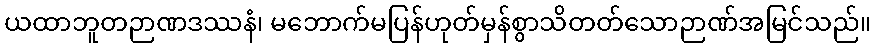
ယထာဘူတဉာဏဒဿနံ၊ မဘောက်မပြန်ဟုတ်မှန်စွာသိတတ်သောဉာဏ်အမြင်သည်။